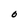
Character: O